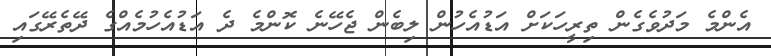
އެންމެ މަދުވެގެން ތިރީހަކަށް އަޑުއެހުން ލިބެން ޖެހޭނެ ކޮންމެ ދެ އަޑުއެހުމެއްގެ ދޭތެރޭގައި